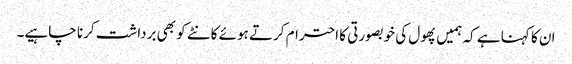
ان کا کہنا ہے کہ ہمیں پھول کی خوبصورتی کا احترام کرتے ہوئے کانٹے کو بھی برداشت کرنا چاہیے۔